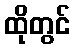
ထိုတွင်